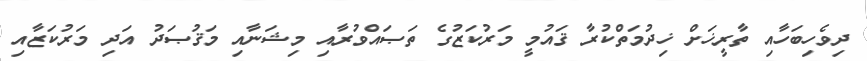
ދިވެހިބަހާއި ތާރީޚަށް ޚިދުމަތްކުރާ ޤައުމީ މަރުކަޒުގެ ތަޞައްވުރާއި މިޝަނާއި މަޤުޞަދު އަދި މަރުކަޒާއި